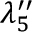
\lambda _ { 5 } ^ { \prime \prime }